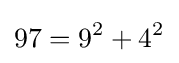
97=9^{2}+4^{2}